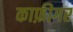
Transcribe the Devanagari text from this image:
काफ़ीगर